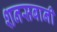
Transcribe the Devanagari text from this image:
शनसबानी